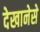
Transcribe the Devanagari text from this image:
देखानेसे